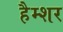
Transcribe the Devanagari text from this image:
हैम्शर